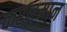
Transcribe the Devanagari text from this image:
करनमान